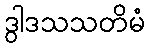
ဒွါဒသသတိမံ